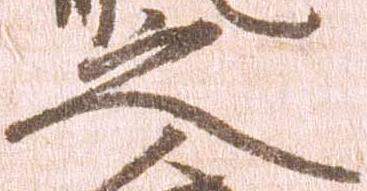
之